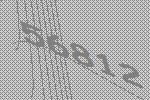
56812